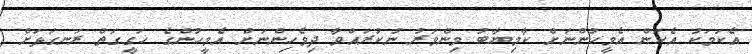
އެކަމަކު އެކަން އެމީހުންނަށް ކާމިޔާބު މިންވަރު ނުކުރައްވާ ދިވެހިންނަށް އެމީހުންގެ ހަގީގަތް ރަނގަޅަށް